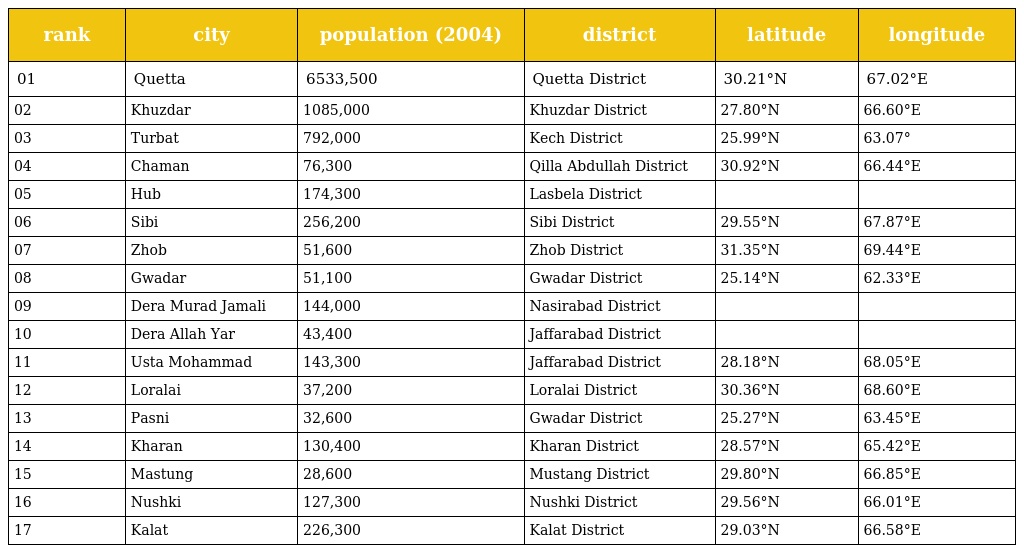
| rank | city | population (2004) | district | latitude | longitude |
 | --- | --- | --- | --- | --- | --- |
 | 01 | Quetta | 6533,500 | Quetta District | 30.21°N | 67.02°E |
 | 02 | Khuzdar | 1085,000 | Khuzdar District | 27.80°N | 66.60°E |
 | 03 | Turbat | 792,000 | Kech District | 25.99°N | 63.07° |
 | 04 | Chaman | 76,300 | Qilla Abdullah District | 30.92°N | 66.44°E |
 | 05 | Hub | 174,300 | Lasbela District |  |  |
 | 06 | Sibi | 256,200 | Sibi District | 29.55°N | 67.87°E |
 | 07 | Zhob | 51,600 | Zhob District | 31.35°N | 69.44°E |
 | 08 | Gwadar | 51,100 | Gwadar District | 25.14°N | 62.33°E |
 | 09 | Dera Murad Jamali | 144,000 | Nasirabad District |  |  |
 | 10 | Dera Allah Yar | 43,400 | Jaffarabad District |  |  |
 | 11 | Usta Mohammad | 143,300 | Jaffarabad District | 28.18°N | 68.05°E |
 | 12 | Loralai | 37,200 | Loralai District | 30.36°N | 68.60°E |
 | 13 | Pasni | 32,600 | Gwadar District | 25.27°N | 63.45°E |
 | 14 | Kharan | 130,400 | Kharan District | 28.57°N | 65.42°E |
 | 15 | Mastung | 28,600 | Mustang District | 29.80°N | 66.85°E |
 | 16 | Nushki | 127,300 | Nushki District | 29.56°N | 66.01°E |
 | 17 | Kalat | 226,300 | Kalat District | 29.03°N | 66.58°E |